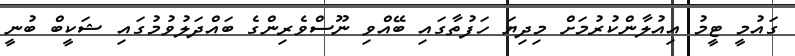
ގައުމީ ޓީމު އިއުލާންކުރުމަށް މިދިޔަ ހަފުތާގައި ބޭއްވި ނޫސްވެރިންގެ ބައްދަލުވުމުގައި ޝަކީބް ބުނީ